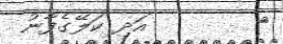
٣        އަދި ކަލޭގެފާނު